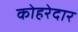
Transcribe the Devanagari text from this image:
कोहरेदार